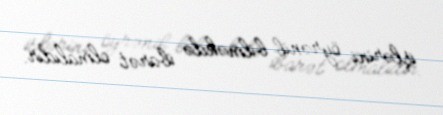
işlərini öyrənib bilməkdə ibarət olmalıdır.